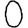
Digit: 0